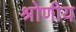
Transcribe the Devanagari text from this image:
श्रोणीय